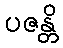
ပဇန္တိ